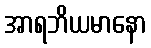
အာရဘိယမာနော